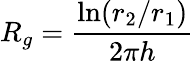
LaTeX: R_{g}=\frac{\mathrm{ln}(r_{2}/r_{1})}{2\pi h}